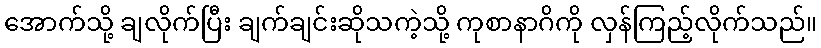
အောက်သို့ ချလိုက်ပြီး ချက်ချင်းဆိုသကဲ့သို့ ကုစာနာဂိကို လှန်ကြည့်လိုက်သည်။